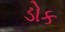
ડોક